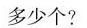
多少个？